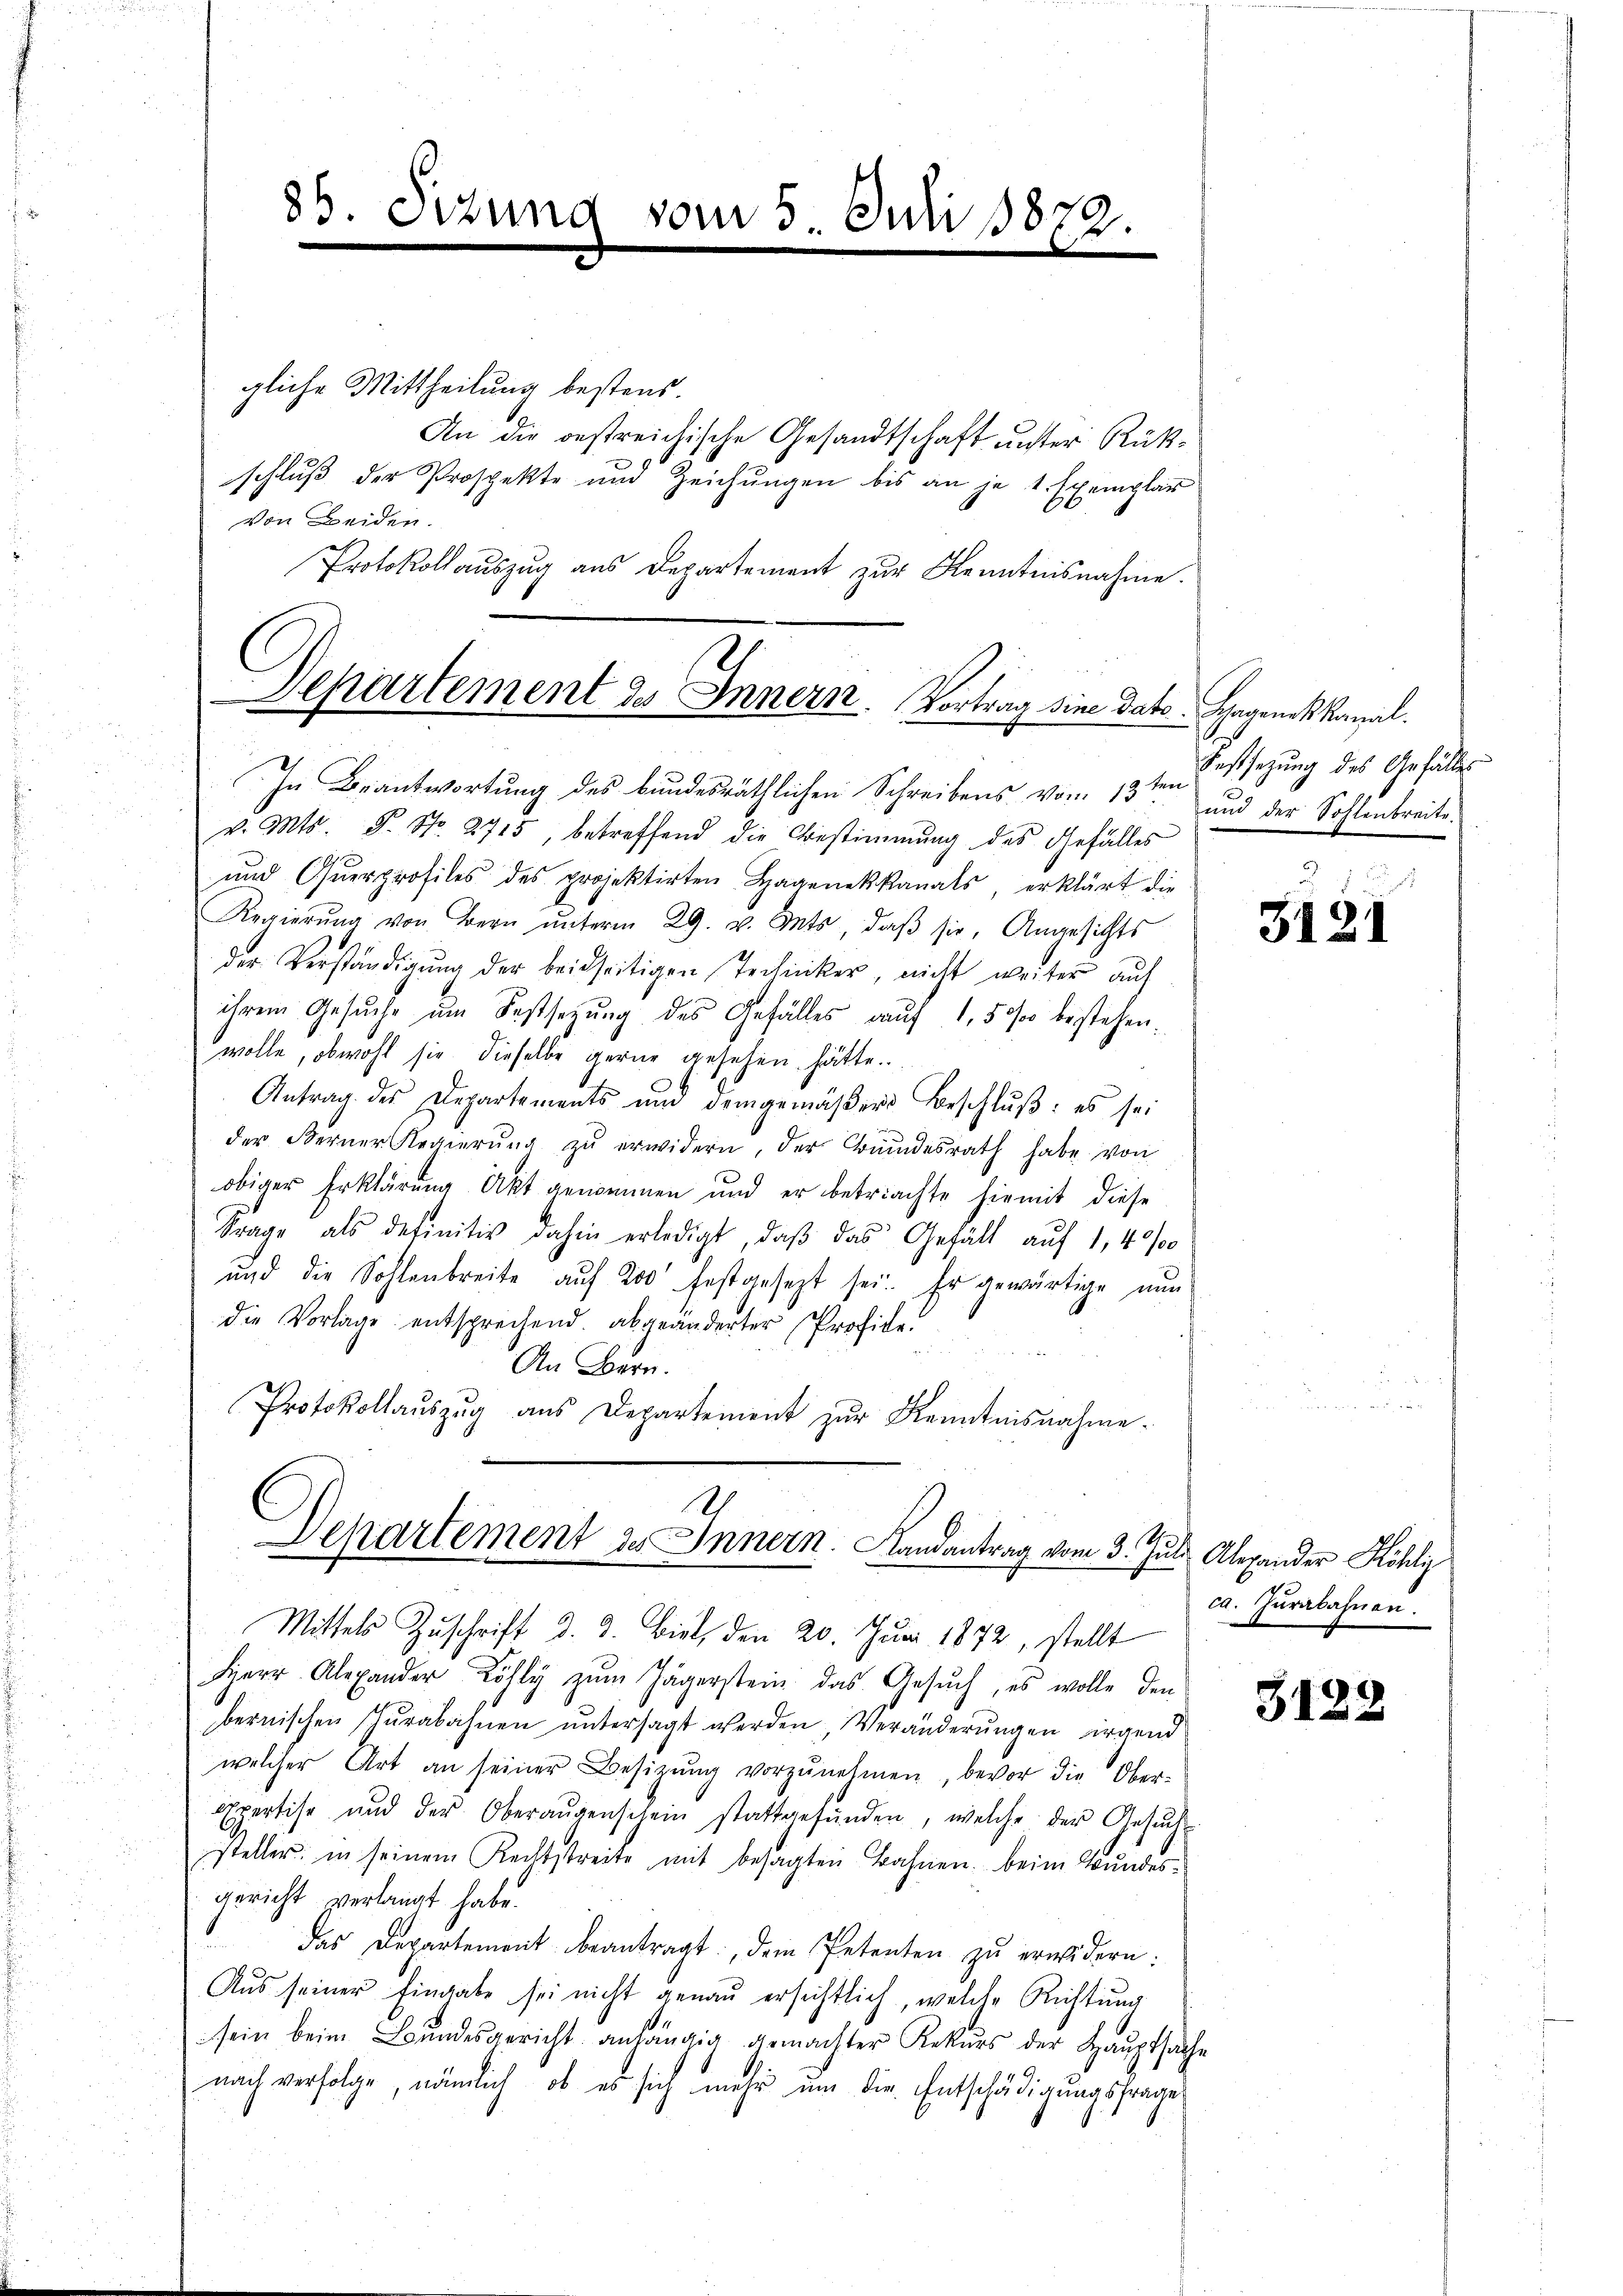
gliche Mittheilung bestens.
An die bestreichische Gesandtschaft unster Rükschluß der Prospekte und Zeichungen bis an je 1 Exemplar
von Beiden.
Protokollaŭszŭg aŭs Departement zŭr Kenntnisnahme.

86. Setzung vom 5. Juli 1872.

.
Departement des Innern. Vortrag sine dato Schagenes kanal.
In Beantwortung des bundesräthlichen Schreibens vom 13ten und der Sohlenbreits¬

v. Mts. S. Nr. 2715, betreffend die Bestimmung des Gefälles
ŭnd Qŭerprofiles des projektirten Hagenekkanals, erklärt die
Regierŭng von Bern ŭnterm 29. v. Mts, daβ sie, Angesichts
der Verständigung der beidseitigen Techniker, nicht weiter auf
ihrem Gesuche um Festsetzung des Gefälles auf 1,50 bestehen.
wolle, obwohl sie dieselbe gerne gesehen hätte.
Antrag des Departements und demgemäßer Beschluß: es sei
der Ferner Regierŭng zŭ erwidern, der Grundesrath habe von
obiger Erklärung Akt genommen und er betrichte hiemit diese
Frage als definitiv dahin erledigt, daβ das Gefäll auf 1, 40/00
und die Sohlenbreite aŭf 200 festgesezt sei. Er gewärtige nun
die Vorlage entsprechend. abgeänderter Profice
An Bern.
Protokollaŭszŭg aŭs Departement zŭr Kenntnisnahme.
6
Departement des Innern. Landantrag vom 3. Jul. Alexander Höhli
Mittels Zuschrift d. 2. Biel, den 20. Juni 1872, stellt
Herr Alexander Löhly zŭm Jägerstein das Gesŭch, es wolle den
bernischen Zŭrabahnen untersagt werden, Veränderungen irgend
welcher Art an seiner Besitzŭng vorzŭnehmen, bevor die Ober-
Expertise und der Oberaŭgenschein stattgefŭnden, welche der Gesŭch
steller in seinem Rechtstreite mit besagten Bahnen, beim Bundesgericht verlangt habe.
das Departement beantragt, dem Petenten zu erwidern:
Aus seiner Eingabe sei nicht genau ersichtlich, welche Richtung
sein beim Bŭndesgericht anhängig gemachter Rekŭrs der Hauptsache
nach verfolge, nämlich, ob es sich mehr um die Entschädigungsfrage

Festsezung des Gefälles

3121

ca. Jurabahnen.

3128